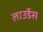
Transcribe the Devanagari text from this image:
लाउर्डेस